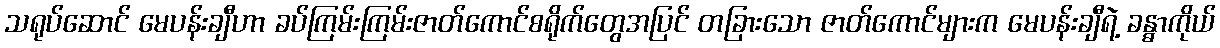
သရုပ်ဆောင် မေပန်းချီဟာ ခပ်ကြမ်းကြမ်းဇာတ်ကောင်စရိုက်တွေအပြင် တခြားသော ဇာတ်ကောင်များက မေပန်းချီရဲ့ ခန္ဓာကိုယ်